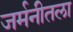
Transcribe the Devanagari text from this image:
जर्मनीतला